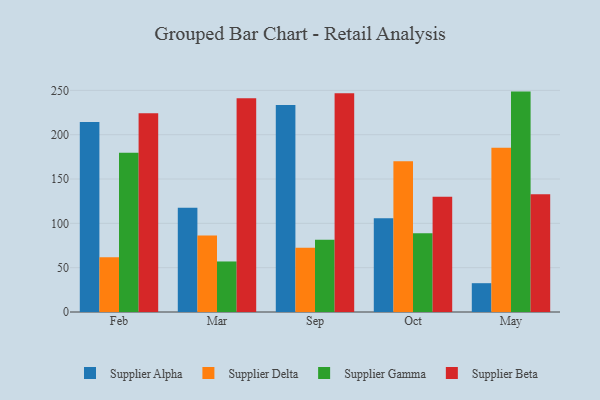
{"axis": {"x": "Month", "y": "Headcount"}, "legend": ["Supplier Alpha", "Supplier Beta", "Supplier Delta", "Supplier Gamma"], "data": [{"x": "Feb", "y": 214.3, "type": "Supplier Alpha"}, {"x": "Feb", "y": 61.8, "type": "Supplier Delta"}, {"x": "Feb", "y": 179.5, "type": "Supplier Gamma"}, {"x": "Feb", "y": 224.2, "type": "Supplier Beta"}, {"x": "Mar", "y": 117.5, "type": "Supplier Alpha"}, {"x": "Mar", "y": 86.3, "type": "Supplier Delta"}, {"x": "Mar", "y": 57.0, "type": "Supplier Gamma"}, {"x": "Mar", "y": 241.0, "type": "Supplier Beta"}, {"x": "Sep", "y": 233.4, "type": "Supplier Alpha"}, {"x": "Sep", "y": 72.4, "type": "Supplier Delta"}, {"x": "Sep", "y": 81.6, "type": "Supplier Gamma"}, {"x": "Sep", "y": 246.6, "type": "Supplier Beta"}, {"x": "Oct", "y": 105.7, "type": "Supplier Alpha"}, {"x": "Oct", "y": 170.1, "type": "Supplier Delta"}, {"x": "Oct", "y": 88.9, "type": "Supplier Gamma"}, {"x": "Oct", "y": 129.9, "type": "Supplier Beta"}, {"x": "May", "y": 32.5, "type": "Supplier Alpha"}, {"x": "May", "y": 185.2, "type": "Supplier Delta"}, {"x": "May", "y": 248.6, "type": "Supplier Gamma"}, {"x": "May", "y": 132.9, "type": "Supplier Beta"}]}